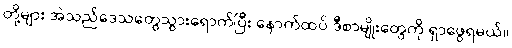
တို့များ အဲသည်ဒေသတွေသွားရောက်ပြီး နောက်ထပ် ဒီစာမျိုးတွေကို ရှာဖွေရမယ်။